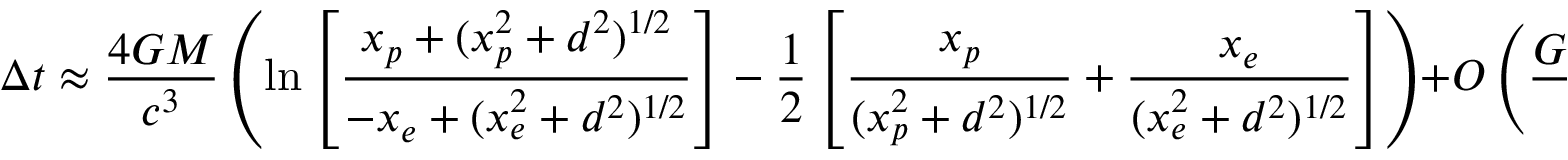
\Delta t \approx { \frac { 4 G M } { c ^ { 3 } } } \left( \ln \left[ { \frac { x _ { p } + ( x _ { p } ^ { 2 } + d ^ { 2 } ) ^ { 1 / 2 } } { - x _ { e } + ( x _ { e } ^ { 2 } + d ^ { 2 } ) ^ { 1 / 2 } } } \right] - { \frac { 1 } { 2 } } \left[ { \frac { x _ { p } } { ( x _ { p } ^ { 2 } + d ^ { 2 } ) ^ { 1 / 2 } } } + { \frac { x _ { e } } { ( x _ { e } ^ { 2 } + d ^ { 2 } ) ^ { 1 / 2 } } } \right] \right) + O \left( { \frac { G ^ { 2 } M ^ { 2 } } { c ^ { 6 } } } \right) ,